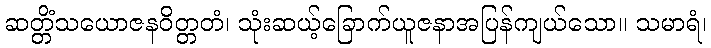
ဆတ္တိံသယောဇနဝိတ္တတံ၊ သုံးဆယ့်ခြောက်ယူဇနာအပြန်ကျယ်သော။ သမာရံ၊